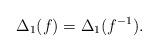
LaTeX: \begin{align*}\Delta_1(f)=\Delta_1(f^{-1}).\end{align*}